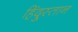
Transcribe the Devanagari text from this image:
हिंदु्स्तान